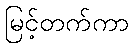
မြင့်တက်ကာ